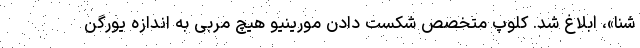
شنا»، ابلاغ شد. کلوپ متخصص شکست دادن مورینیو هیچ مربی به اندازه یورگن